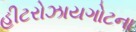
હીટરોઝાયગોટના